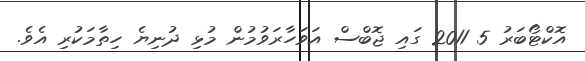
އޮކްޓޯބަރު 5 2011 ގައި ޖޮބްސް އަވަހާރަވުމުން މުޅި ދުނިޔެ ހިތާމަކުރި އެވެ.